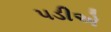
૫ડીએ